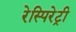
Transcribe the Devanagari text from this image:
रेस्पिरेट्री